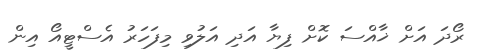
ރޯދަ އަށް ޚާއްސަ ކޮށް ފިޔާ އަދި އަލުވި މިފަހަރު އެސްޓީއޯ އިން